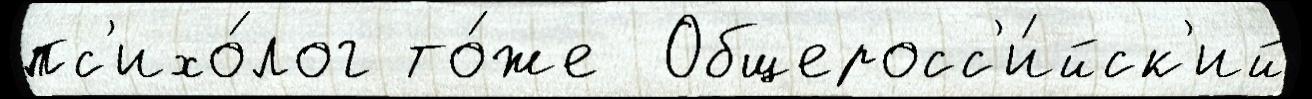
пс'ихо́лог то́же  Общеросс'и́йск'ий